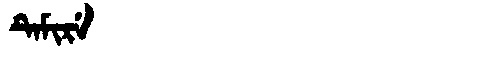
Manchu: ᡨᡝᠮᡳᡵᡝ
Romanization: TEMIRE